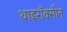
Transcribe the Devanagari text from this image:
थाइराँक्सीन